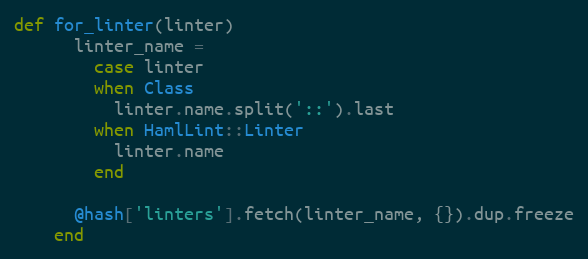
Language: Ruby
def for_linter(linter)
      linter_name =
        case linter
        when Class
          linter.name.split('::').last
        when HamlLint::Linter
          linter.name
        end

      @hash['linters'].fetch(linter_name, {}).dup.freeze
    end